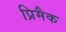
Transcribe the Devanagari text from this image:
प्रिमैक